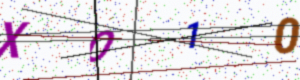
Text: XO10